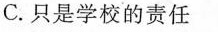
C.只是学校的责任